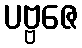
ပဗ္ဗဇေ